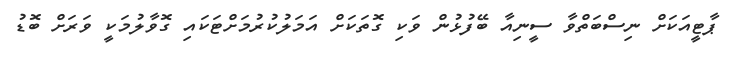
ޕާޓީއަަކަށް ނިސްބަަތްވާ ސީނިއާ ބޭފުޅުން ވަކި ގޮތަކަށް އަމަލުކުރުމަށްޓަކައި ގޮވާލުމަކީ ވަރަށް ބޮޑު